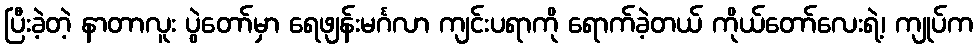
ပြီးခဲ့တဲ့ နာတာလူး ပွဲတော်မှာ ရေဖျန်းမင်္ဂလာ ကျင်းပရာကို ရောက်ခဲ့တယ် ကိုယ်တော်လေးရဲ့၊ ကျုပ်က